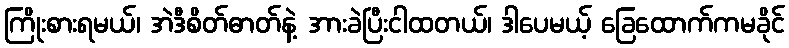
ကြိုးစားရမယ်၊ အဲဒီစိတ်ဓာတ်နဲ့ အားခဲပြီးငါထတယ်၊ ဒါပေမယ့် ခြေထောက်ကမခိုင်